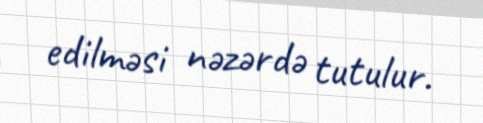
edilməsi nəzərdə tutulur.